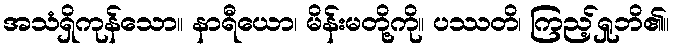
အသံရှိကုန်သော။ နာရီယော၊ မိန်းမတို့ကို။ ပဿတိ၊ ကြည့်ရှုဘိ၏။